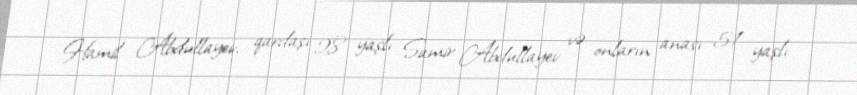
Hamil Abdullayev, qardaşı 28 yaşlı Samir Abdullayev və onların anası 51 yaşlı